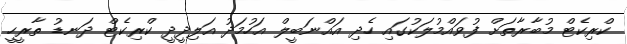
ކްރިކެޓް މުބާރާތަށް ފުވައްމުލަކުގައި ހެދި އައްނަބީލް އަހުމަދު އަލިދީދީ ކްރިކެޓް ދަނޑު ތާރީހީ